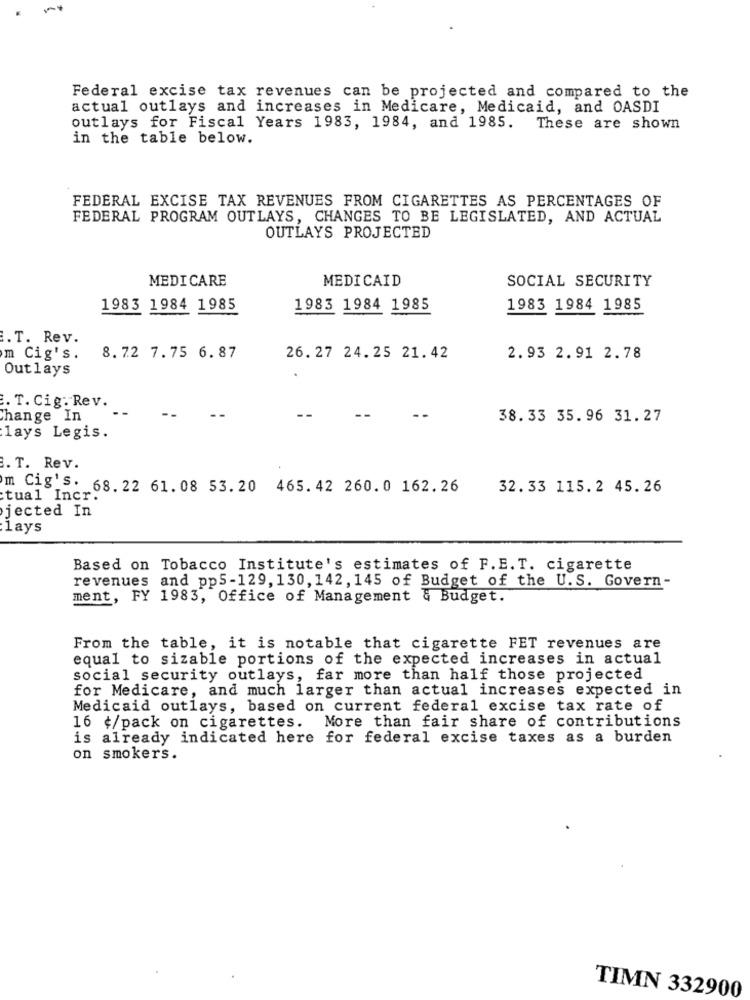
-
Federal excise tax revenues can be projected and compared to the
actual outlays and increases in Medicare, Medicaid, and OASDI
outlays for Fiscal Years 1983, 1984, and 1985. These are shown
in the table below.
FEDERAL EXCISE TAX REVENUES FROM CIGARETTES AS PERCENTAGES OF
FEDERAL PROGRAM OUTLAYS, CHANGES TO BE LEGISLATED, AND ACTUAL
OUTLAYS PROJECTED
MEDICARE
MEDICAID
SOCIAL SECURITY
1983 1984 1985
1983 1984 1985
1983 1984 1985
.T. Rev.
m Cig's.
8.72 7.75 6.87
26. 27 24.25 21.42
2.93 2.91 2.78
Outlays
. T. Cig. Rev.
Change In
38.33 35.96 31.27
lays Legis.
B. T. Rev.
m Cig's. 68. 22 61. 08 53. 20 465. 42 260. 0 162.26
32.33 115.2 45.26
:tual Incr.
jected In
:lays
Based on Tobacco Institute's estimates of F.E.T. cigarette
revenues and pp5-129, 130, 142, 145 of Budget of the U. S. Govern-
ment, FY 1983, Office of Management & Budget.
From the table, it is notable that cigarette FET revenues are
equal to sizable portions of the expected increases in actual
social security outlays, far more than half those projected
for Medicare, and much larger than actual increases expected in
Medicaid outlays, based on current federal excise tax rate of
More than fair share of contributions
16 ¢/pack on cigarettes.
is already indicated here for federal excise taxes as a burden
on smokers.
TIMN 332900